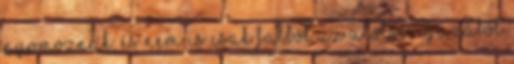
nyo­moznak, és nem is csak falból Az utolsó, igazából